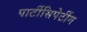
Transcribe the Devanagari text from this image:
पार्टीसिपेटींग